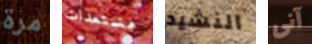
مرة مستعدات النشيد آنى